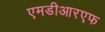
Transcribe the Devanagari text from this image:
एमडीआरएफ